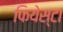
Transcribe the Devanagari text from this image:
फियेस्टा